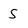
Character: 5